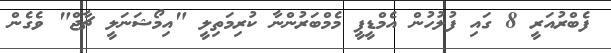
ފެބްރުއަރީ 8 ގައި ފުލުހުން އެމްޑީޕީ މެމްބަރުންނާ ކުރިމަތިލީ "އިމޯޝަނަލީ ޗާޖް" ވެގެން